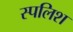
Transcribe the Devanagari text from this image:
स्पलिश